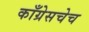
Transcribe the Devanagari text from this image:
काँग्रेसचेच